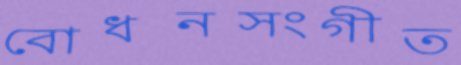
বোধনসংগীত